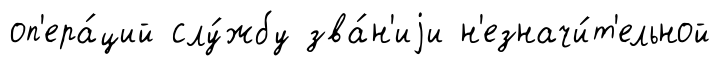
оп'ера́ций слу́жбу зва́н'иjи н'езначи́т'ельной